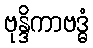
ဗုန္ဒိကာဗဒ္ဓံ